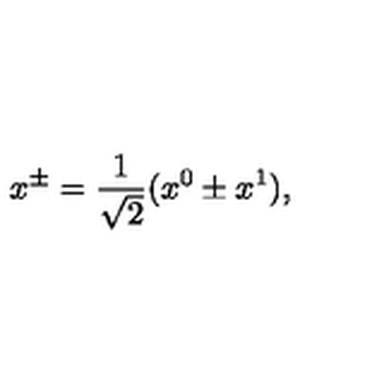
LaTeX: x ^ { \pm } = \frac { 1 } { \sqrt { 2 } } ( x ^ { 0 } \pm x ^ { 1 } ) ,